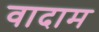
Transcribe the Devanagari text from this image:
वादाम